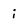
Character: i